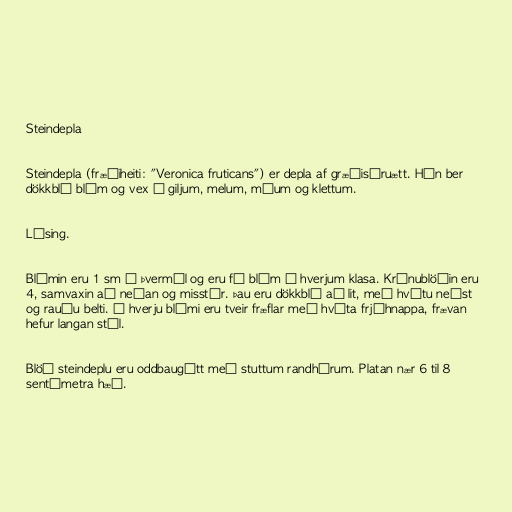
Steindepla

Steindepla (fræðiheiti: "Veronica fruticans") er depla af græðisúruætt. Hún ber
dökkblá blóm og vex í giljum, melum, móum og klettum.

Lýsing.

Blómin eru 1 sm í þvermál og eru fá blóm í hverjum klasa. Krónublöðin eru
4, samvaxin að neðan og misstór. Þau eru dökkblá að lit, með hvítu neðst
og rauðu belti. Í hverju blómi eru tveir fræflar með hvíta frjóhnappa, frævan
hefur langan stíl.

Blöð steindeplu eru oddbaugótt með stuttum randhárum. Platan nær 6 til 8
sentímetra hæð.